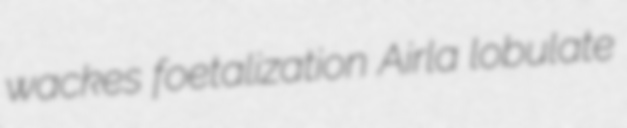
wackes foetalization Airla lobulate